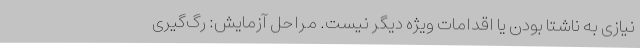
نیازی به ناشتا بودن یا اقدامات ویژه دیگر نیست. مراحل آزمایش: رگ‌گیری